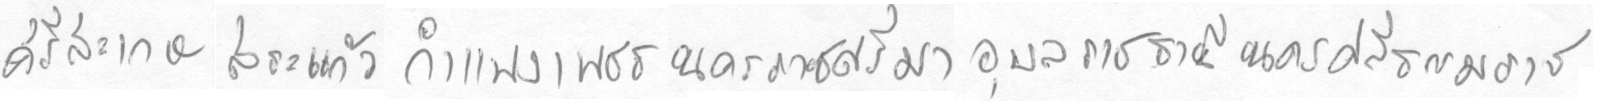
ศรีสะเกษสระแก้วกำแพงเพชรนครราชสีมาอุลราชธานีนครศรีธรรมราช